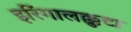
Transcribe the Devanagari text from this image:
इरिंगालक्कुटा